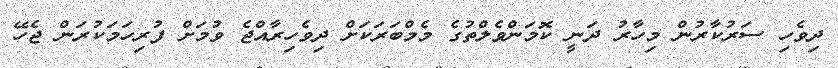
ދިވެހި ސަރުކާރުން މިހާރު ދަނީ ކޮމަންވެލްތުގެ މެމްބަރަކަށް ދިވެހިރާއްޖެ ވުމަށް ފުރިހަމަކުރަން ޖެހޭ